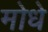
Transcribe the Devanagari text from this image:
मोधे